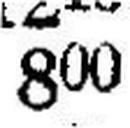
800